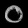
Digit: ၀